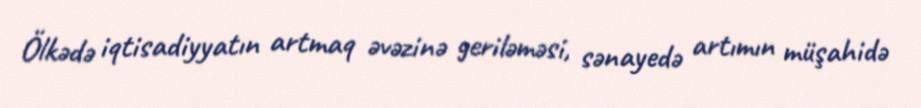
Ölkədə iqtisadiyyatın artmaq əvəzinə geriləməsi, sənayedə artımın müşahidə